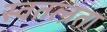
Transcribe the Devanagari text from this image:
स्वतत्न्रता